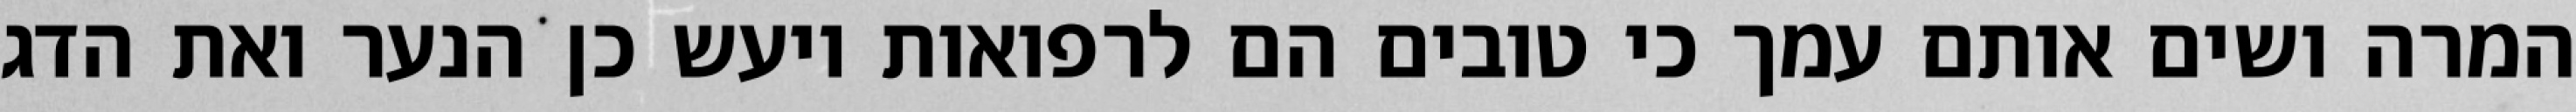
המרה ושים אותם עמך כי טובים הם לרפואות ויעש כן הנער ואת הדג